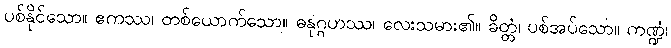
ပစ်နိုင်သော။ ဧကဿ၊ တစ်ယောက်သော။ ဓနုဂ္ဂဟဿ၊ လေးသမား၏။ ခိတ္တံ၊ ပစ်အပ်သော။ ကဏ္ဍံ၊